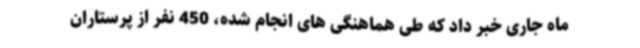
ماه جاری خبر داد که طی هماهنگی های انجام شده، 450 نفر از پرستاران